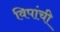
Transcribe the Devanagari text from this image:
विपांची